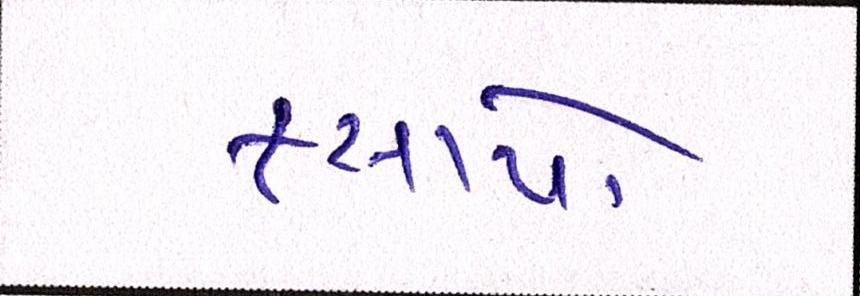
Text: ફસાયો